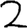
Digit: 2